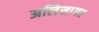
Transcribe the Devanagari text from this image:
अलिसागर